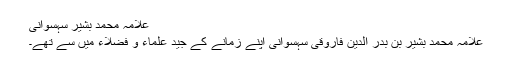
علامہ محمد بشیر سہسوانی
علامہ محمد بشیر بن بدر الدین فاروقی سہسوانی اپنے زمانے کے جید علماء و فضلاء میں سے تھے۔